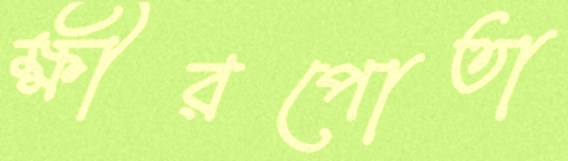
ক্ষীরপোতা